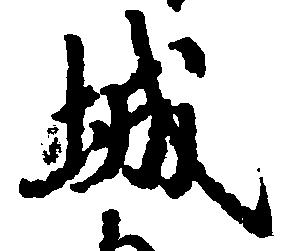
城